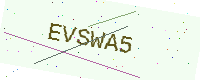
Text: EVSWA5